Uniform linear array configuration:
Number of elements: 64
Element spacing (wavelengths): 0.75
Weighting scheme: uniform
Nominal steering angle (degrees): -45
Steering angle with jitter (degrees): -44.158
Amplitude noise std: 0.05
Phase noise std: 0.05

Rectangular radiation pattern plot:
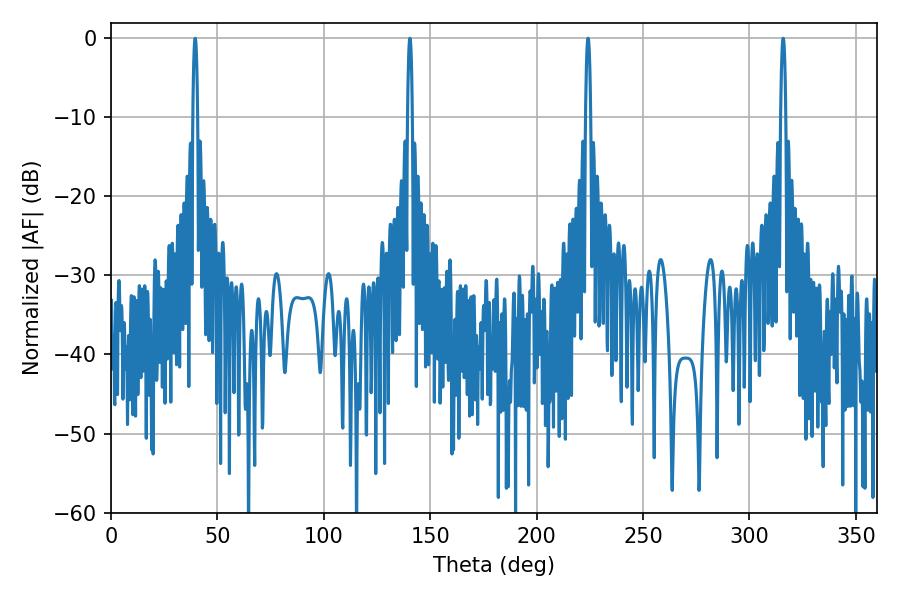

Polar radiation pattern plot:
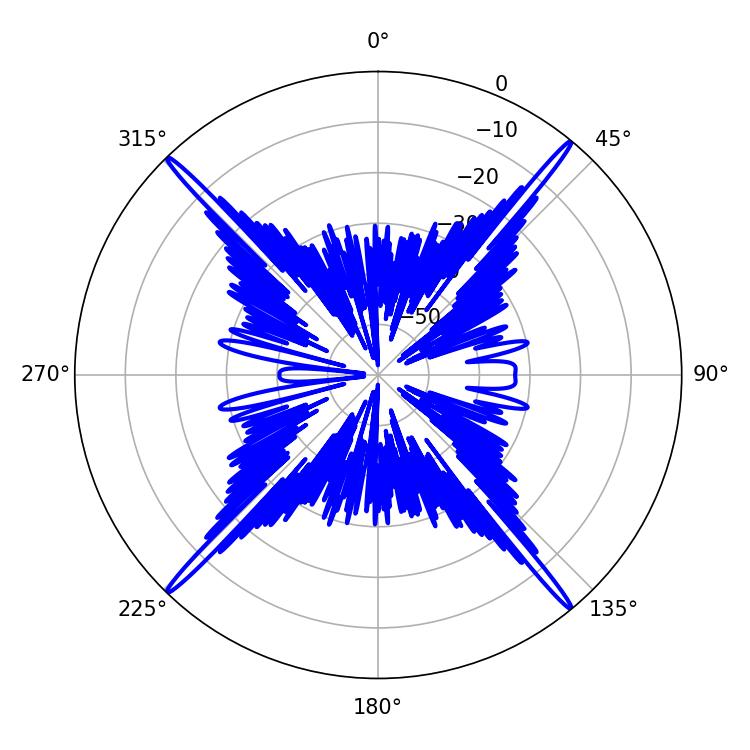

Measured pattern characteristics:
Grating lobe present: TRUE
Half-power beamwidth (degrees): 1.26
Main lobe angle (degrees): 315.9